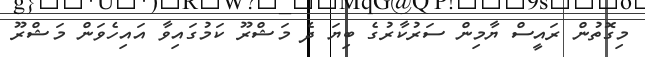
މިގޮތުން ރައީސް ޔާމިން ސަރުކާރުގެ ބިޔަ ދެ މަޝްރޫ ކަމުގައިވާ އައިހެވަން މަޝްރޫ